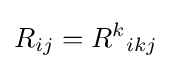
R_{ij}={R^{k}}_{ikj}